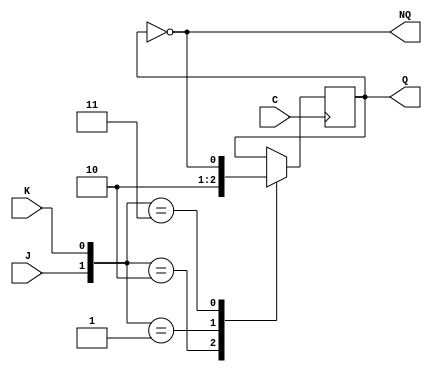
//modulo del biestable JK
module biestableJK (output reg Q, output wire NQ, input wire J, input wire K,   input wire C);
  //hacemos Q negado, que es la salida secundara del biestable JK
  not(NQ,Q);
  initial
  begin
    //inicializamos Q a 0 para evitar errores
    Q='b0;
  end    
  //codificamos los biestables (por flanco de bajada), y su modelo de comportamiento
  always @(posedge C)
    case ({J,K})
      2'b10: Q='b1; //set
      2'b01: Q='b0; //reset
      2'b11: Q=~Q;  //complemento
    endcase
endmodule